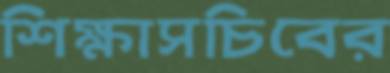
শিক্ষাসচিবের